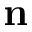
{ \bf n }